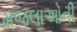
મજલાઓની